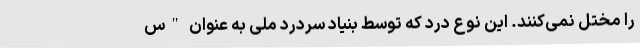
را مختل نمی‌کنند. این نوع درد که توسط بنیاد سردرد ملی به عنوان "س